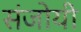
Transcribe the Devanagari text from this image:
संजोयी